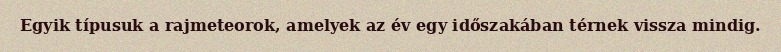
Egyik típusuk a rajmeteorok, amelyek az év egy időszakában térnek vissza mindig.